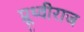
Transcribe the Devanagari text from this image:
प्रूथ्‍वीराज